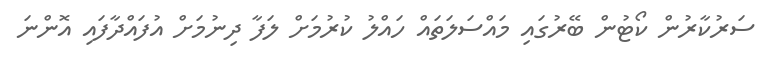
ސަރުކާރުން ކޯޓުން ބޭރުގައި މައްސަލަތައް ހައްލު ކުރުމަށް ލަފާ ދިނުމަށް އުފައްދާފައި އޮންނަ